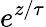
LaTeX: e^{z/\tau}